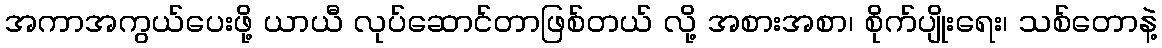
အကာအကွယ်ပေးဖို့ ယာယီ လုပ်ဆောင်တာဖြစ်တယ် လို့ အစားအစာ၊ စိုက်ပျိုးရေး၊ သစ်တောနဲ့